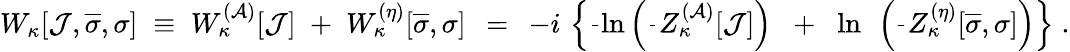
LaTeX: W_{\kappa}[{\cal J},\overline{{{\sigma}}},\sigma]\; \equiv\; W_{\kappa}^{({\cal A})}[{\cal J}]\; +\; W_{\kappa}^{(\eta)}[\overline{{{\sigma}}},\sigma]\; \, =\; \, -i\, \left\{ \frac{}{}\ln\left(\frac{}{}Z_{\kappa}^{({\cal A})}[{\cal J}]\right)\; \; +\; \; \ln\; \, \left(\frac{}{}Z_{\kappa}^{(\eta)}[\overline{{{\sigma}}},\sigma]\right)\right\} \; .